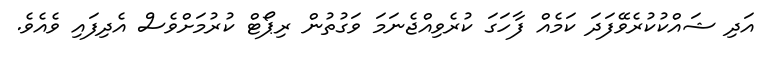
އަދި ޝައްކުކުރެވޭފަދަ ކަމެއް ފާހަގަ ކުރެވިއްޖެނަމަ ވަގުތުން ރިޕޯޓް ކުރުމަށްވެސް އެދިފައި ވެއެވެ.